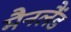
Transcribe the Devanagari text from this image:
मैनलैंड